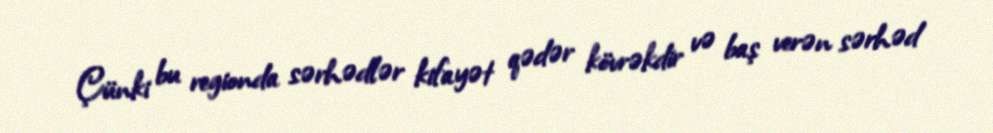
Çünki bu regionda sərhədlər kifayət qədər kövrəkdir və baş verən sərhəd